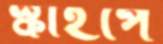
স্কাইপে